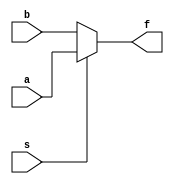
module mux2to1_df (a,b,s,f);
	input a,b,s;
	output f;
	assign f = s ? a : b;
endmodule